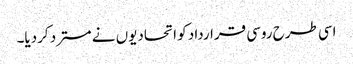
اسی طرح روسی قرارداد کو اتحادیوں نے مسترد کردیا۔